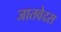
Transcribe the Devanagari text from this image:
जातवेदस